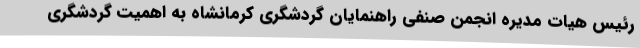
رئیس هیات مدیره انجمن صنفی راهنمایان گردشگری کرمانشاه به اهمیت گردشگری